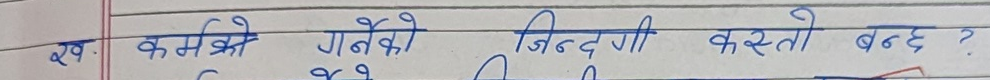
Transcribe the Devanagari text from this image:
२१. कर्मको गर्नेको जिन्दगी कस्तो बन्छ ?